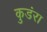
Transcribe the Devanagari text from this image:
कुडंरा